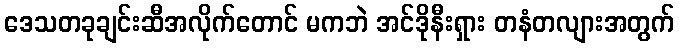
ဒေသတခုချင်းဆီအလိုက်တောင် မကဘဲ အင်ဒိုနီးရှား တနံတလျားအတွက်